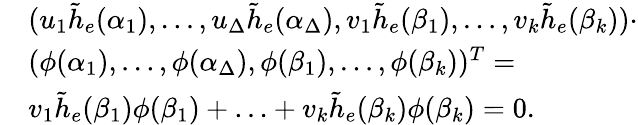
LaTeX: \begin{array}{rl}&{(u_{1}\tilde{h}_{e}(\alpha_{1}),\ldots,u_{\Delta}\tilde{h}_{e}(\alpha_{\Delta}),v_{1}\tilde{h}_{e}(\beta_{1}),\ldots,v_{k}\tilde{h}_{e}(\beta_{k}))\cdot}\\ &{(\phi(\alpha_{1}),\ldots,\phi(\alpha_{\Delta}),\phi(\beta_{1}),\ldots,\phi(\beta_{k}))^{T}=}\\ &{v_{1}\tilde{h}_{e}(\beta_{1})\phi(\beta_{1})+\ldots+v_{k}\tilde{h}_{e}(\beta_{k})\phi(\beta_{k})=0.}\end{array}